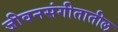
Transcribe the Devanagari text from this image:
जीवनसंगीतातील